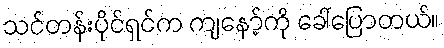
သင်တန်းပိုင်ရှင်က ကျနော့်ကို ခေါ်ပြောတယ်။